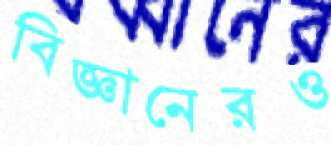
বিজ্ঞানেরও